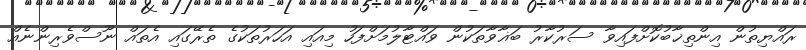
ރައްޔިތުން އިންތިޚާބުކޮށްފައިވާ ސަރުކާރު ބަޣާވާތަކުން ވައްޓާލުމަށްފަހު މިއައި އަހަރުތަކުގެ ތެރޭގައި އެތައް ނޫސްވެރިންނެއް